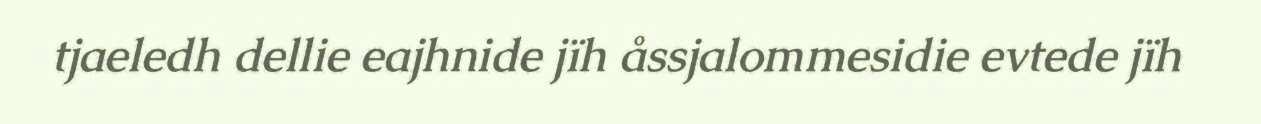
tjaeledh dellie eajhnide jïh åssjalommesidie evtede jïh